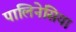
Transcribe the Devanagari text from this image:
पालिनेसिया